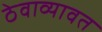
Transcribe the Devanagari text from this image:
ठेवाव्यावत